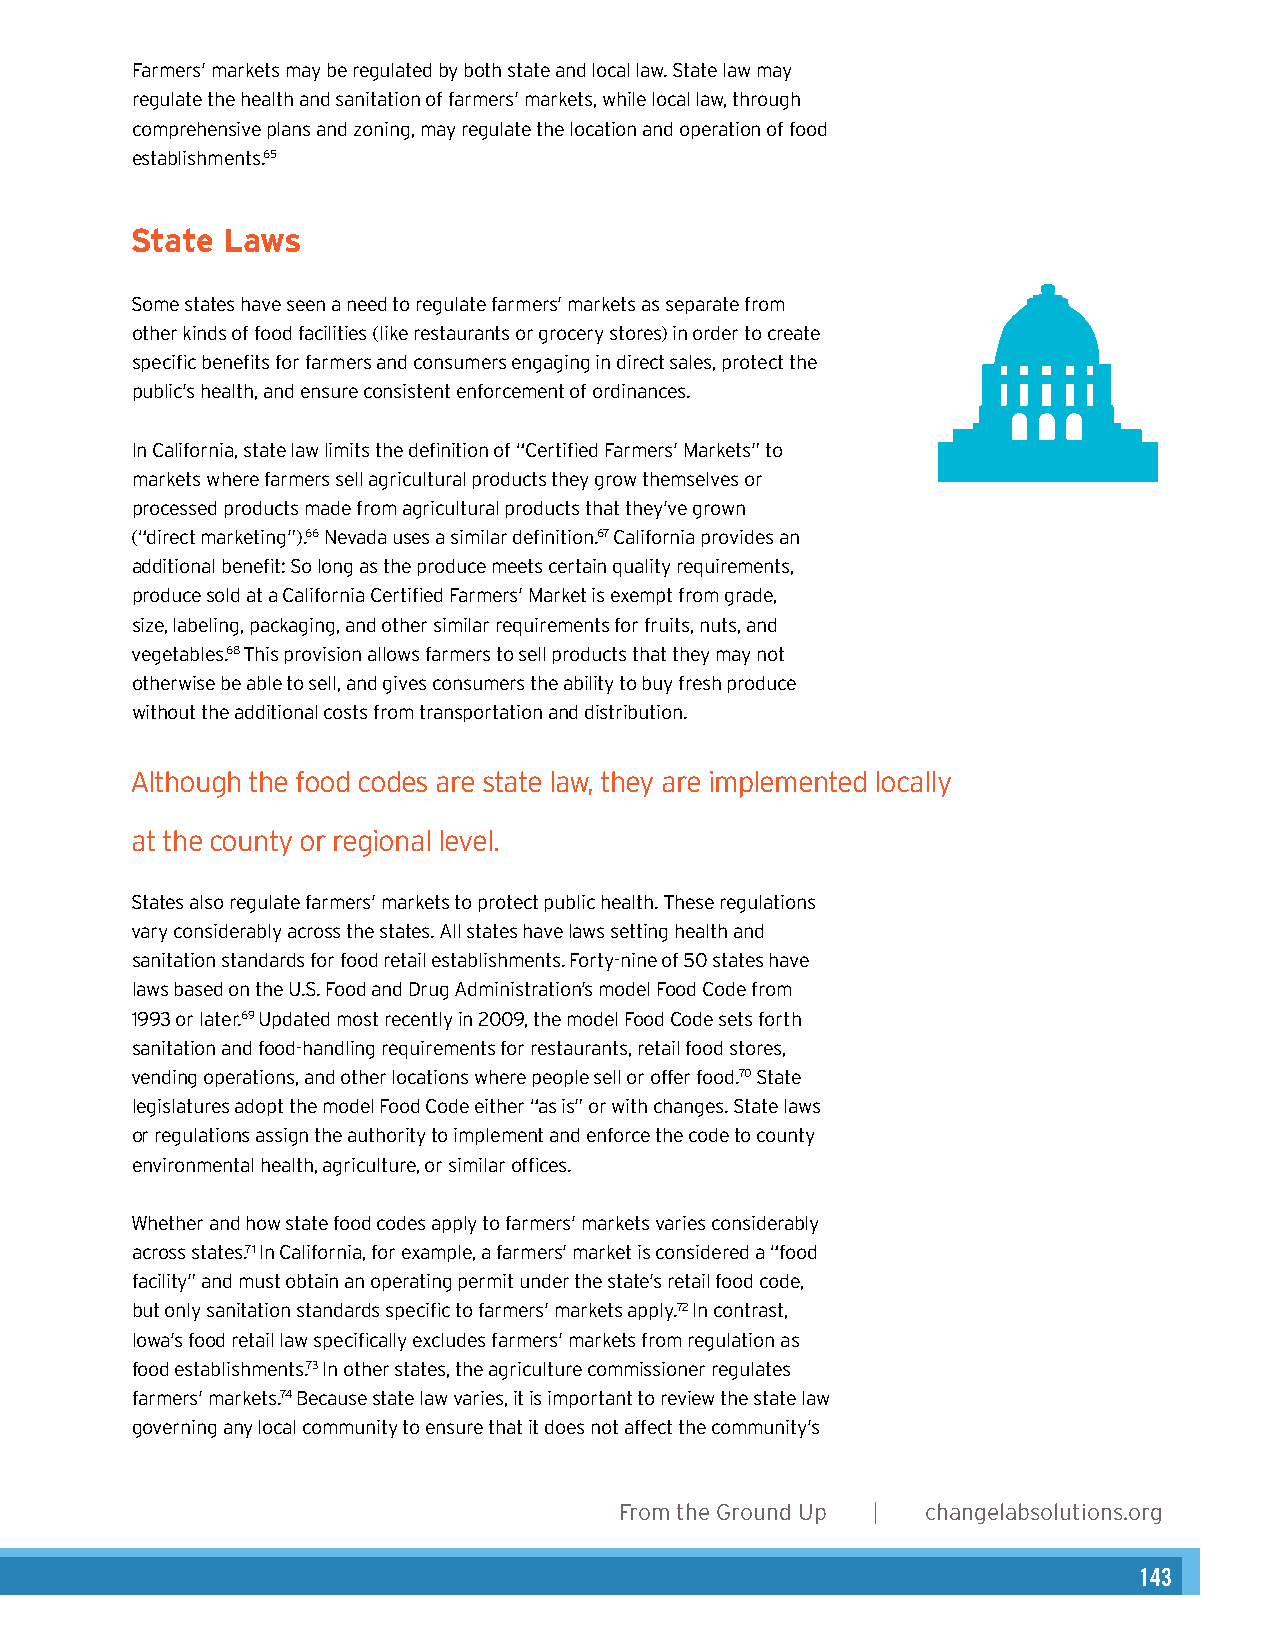
Farmers’ markets may be regulated by both state and local law. State law may
 Authors
 regulate the health and sanitation of farmers’ markets, while local law, through
 comprehensive plans and zoning, may regulate the location and operation of food Heather Wooten, MCP, Senior Planner & Program Director
 establishments.65
 Amy Ackerman, JD, Consulting Attorney
 State Laws
 Acknowledgements
 Angela Hadwin, MCP, Healthy Planning Fellow
 Some states have seen a need to regulate farmers’ markets as separate from
 other kinds of food facilities (like restaurants or grocery stores) in order to create
 specific benefits for farmers and consumers engaging in direct sales, protect the
 Graphic Design
 public’s health, and ensure consistent enforcement of ordinances.
 Karen Parry | Black Graphics
 In California, state law limits the definition of “Certified Farmers’ Markets” to
 markets where farmers sell agricultural products they grow themselves or
 Photos
 processed products made from agricultural products that they’ve grown
 Karen Parry (pages 4, 18, and 26), Lydia Daniller (pages 6, 16, 23, 30, and 35), and
 (“direct marketing”).66 Nevada uses a similar definition.67 California provides an
 additional benefit: So long as the produce meets certain quality requirements, FlickrCreative Commons: Anuj Biyani (page 10), muffet (page 12), John Loo (page 14),
 produce sold at a California Certified Farmers’ Market is exempt from grade,
 andalexander.steed (page 15).
 size, labeling, packaging, and other similar requirements for fruits, nuts, and
 vegetables.68 This provision allows farmers to sell products that they may not
 otherwise be able to sell, and gives consumers the ability to buy fresh produce
 without the additional costs from transportation and distribution.
 Although the food codes are state law, they are implemented locally
 at the county or regional level.
 States also regulate farmers’ markets to protect public health. These regulations
 vary considerably across the states. All states have laws setting health and
 sanitation standards for food retail establishments. Forty-nine of 50 states have
 laws based on the U.S. Food and Drug Administration’s model Food Code from
 1993 or later.69 Updated most recently in 2009, the model Food Code sets forth
 sanitation and food-handling requirements for restaurants, retail food stores,
 vending operations, and other locations where people sell or offer food.70 State
 legislatures adopt the model Food Code either “as is” or with changes. State laws
 or regulations assign the authority to implement and enforce the code to county
 environmental health, agriculture, or similar offices.
 Whether and how state food codes apply to farmers’ markets varies considerably
 across states.71 In California, for example, a farmers’ market is considered a “food
 facility” and must obtain an operating permit under the state’s retail food code,
 but only sanitation standards specific to farmers’ markets apply.72 In contrast,
 Iowa’s food retail law specifically excludes farmers’ markets from regulation as
 food establishments.73 In other states, the agriculture commissioner regulates
 farmers’ markets.74 Because state law varies, it is important to review the state law
 governing any local community to ensure that it does not affect the community’s
 2      From the Ground Up | changelabsolutions.org
 changelabsolutions.org | From the Ground Up 19
 143